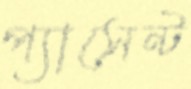
প্যাসেন্ট